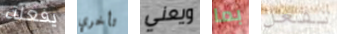
يفعلة تأخري ويعني بما تفعل